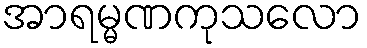
အာရမ္မဏကုသလော